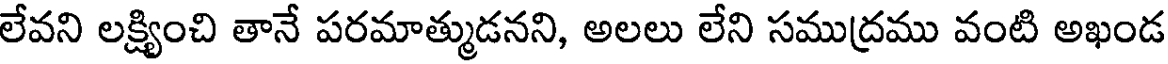
లేవని లక్ష్యించి తానే పరమాత్ముడనని, అలలు లేని సముద్రము వంటి అఖండ